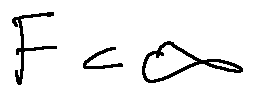
F < \infty